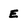
Character: E